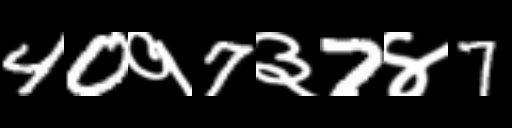
Text: 40१7३7४7